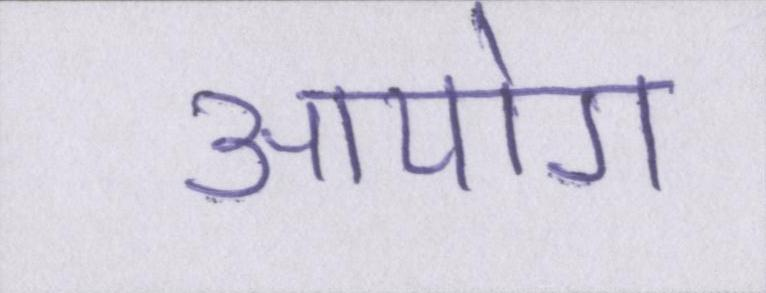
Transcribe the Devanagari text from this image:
आयोग